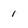
Character: 1